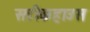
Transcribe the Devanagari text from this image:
सटीकहाउस